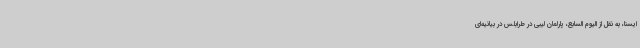
ایسنا، به نقل از الیوم السابع، پارلمان لیبی در طرابلس در بیانیه‌ای